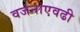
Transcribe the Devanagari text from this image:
वजनाएवढी